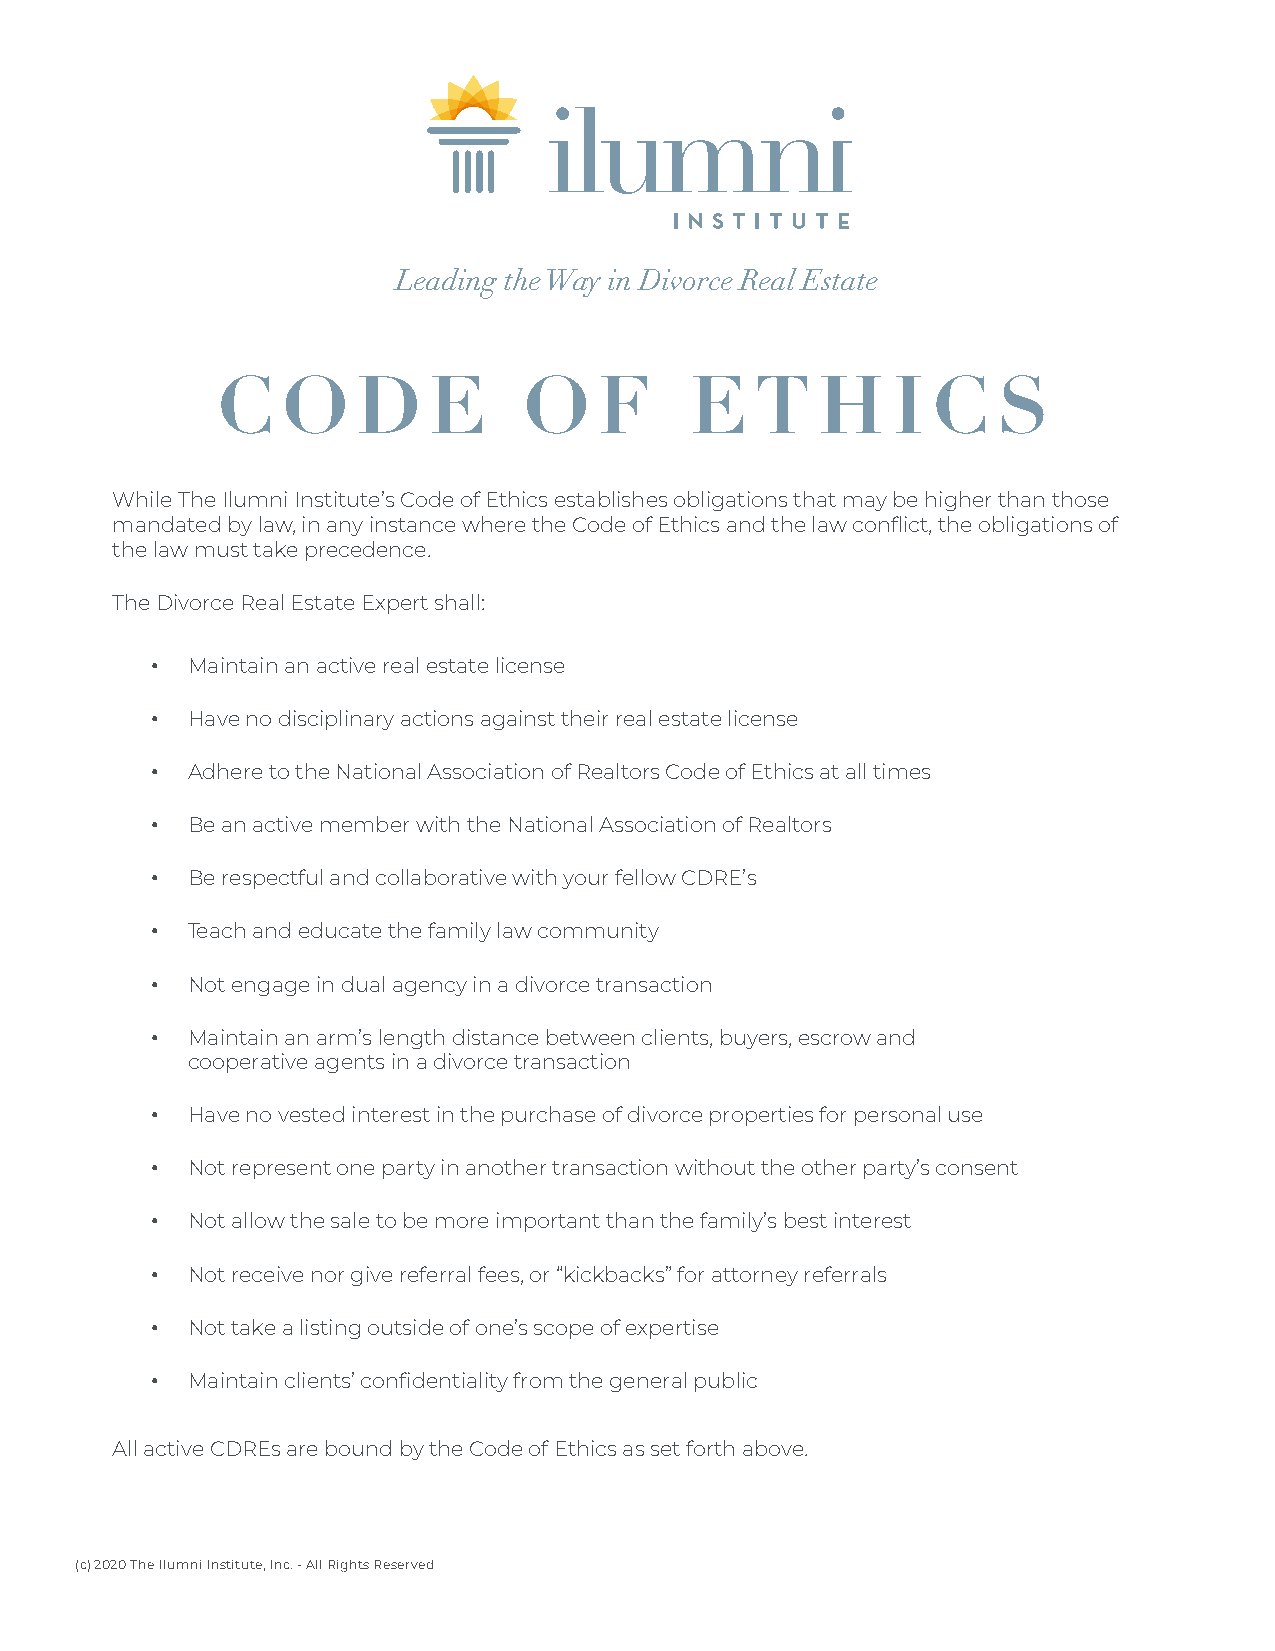
Leading the Way in Divorce Real Estate
 C    O    D   E      O    F     E   T   H    I  C   S
 While The Ilumni Institute’s Code of Ethics establishes obligations that may be higher than those
 mandated by law, in any instance where the Code of Ethics and the law conflict, the obligations of
 the law must take precedence.
 The Divorce Real Estate Expert shall:
 • Maintain an active real estate license
 • Have no disciplinary actions against their real estate license
 • Adhere to the National Association of Realtors Code of Ethics at all times
 • Be an active member with the National Association of Realtors
 • Be respectful and collaborative with your fellow CDRE’s
 • Teach and educate the family law community
 • Not engage in dual agency in a divorce transaction
 • Maintain an arm’s length distance between clients, buyers, escrow and
 cooperative agents in a divorce transaction
 • Have no vested interest in the purchase of divorce properties for personal use
 • Not represent one party in another transaction without the other party’s consent
 • Not allow the sale to be more important than the family’s best interest
 • Not receive nor give referral fees, or “kickbacks” for attorney referrals
 • Not take a listing outside of one’s scope of expertise
 • Maintain clients’ confidentiality from the general public
 All active CDREs are bound by the Code of Ethics as set forth above.
 (c) 2020 The Ilumni Institute, Inc. - All Rights Reserved